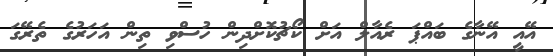
އޭއީ އޭނާގެ ބައްޕަ ރެއާލް އަށް ކޯޗުކޮށްދިން ހުސްވި ތިން އަހަރުގެ ތެރޭގަ